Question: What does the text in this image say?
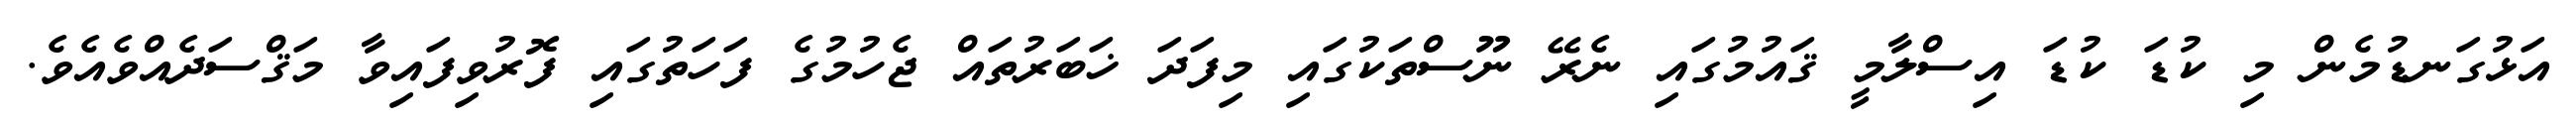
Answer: އަޅުގަނޑުމެން މި ކުޑަ ކުޑަ އިސްލާމީ ޤައުމުގައި ނެރޭ ނޫސްތަކުގައި މިފަދަ ޚަބަރުތައް ޖެހުމުގެ ފަހަތުގައި ފޮރުވިފައިވާ މަޤްސަދެއްވެއެވެ.